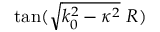
\tan ( \sqrt { k _ { 0 } ^ { 2 } - \kappa ^ { 2 } } \ R )